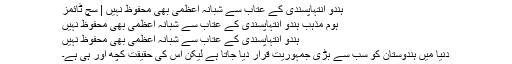
ہندو انتہاپسندی کے عتاب سے شبانہ اعظمی بھی محفوظ نہیں | سچ ٹائمز
ہوم مذہب ہندو انتہاپسندی کے عتاب سے شبانہ اعظمی بھی محفوظ نہیں
ہندو انتہاپسندی کے عتاب سے شبانہ اعظمی بھی محفوظ نہیں
دنیا میں ہندوستان کو سب سے بڑی جمہوریت قرار دیا جاتا ہے لیکن اس کی حقیقت کچھ اور ہی ہے۔